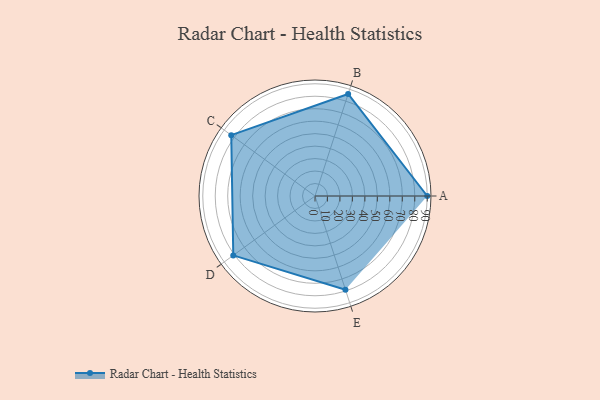
{"axis": {"x": "Skill", "y": "Score"}, "legend": ["Profile"], "data": [{"x": "A", "y": 90.0, "type": "Profile"}, {"x": "B", "y": 86.0, "type": "Profile"}, {"x": "C", "y": 83.0, "type": "Profile"}, {"x": "D", "y": 81.0, "type": "Profile"}, {"x": "E", "y": 79.0, "type": "Profile"}]}